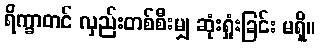
ရိက္ခာတင် လှည်းတစ်စီးမျှ ဆုံးရှုံးခြင်း မရှိ။